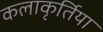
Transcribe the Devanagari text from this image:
कलाकृर्तिया